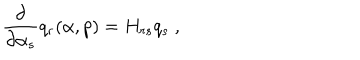
{ \frac { \partial } { \partial \alpha _ { s } } } q _ { r } ( \alpha , p ) = H _ { r s } q _ { s } \ ,